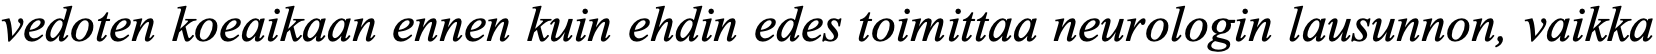
vedoten koeaikaan ennen kuin ehdin edes toimittaa neurologin lausunnon, vaikka